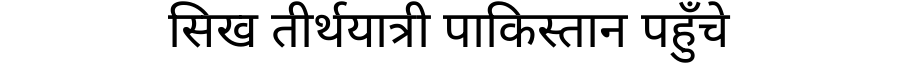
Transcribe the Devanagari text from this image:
सिख तीर्थयात्री पाकिस्तान पहुँचे